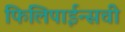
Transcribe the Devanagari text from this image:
फिलिपाईन्सची